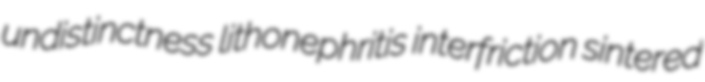
undistinctness lithonephritis interfriction sintered